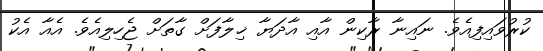
ކުރުވައިފިއެވެ. ނައިނާ ރާކިން އާއި އާދަޔާ ޚިލާފަށް ގާތަށް ޖެހިލިއެވެ. އެއާ އެކު